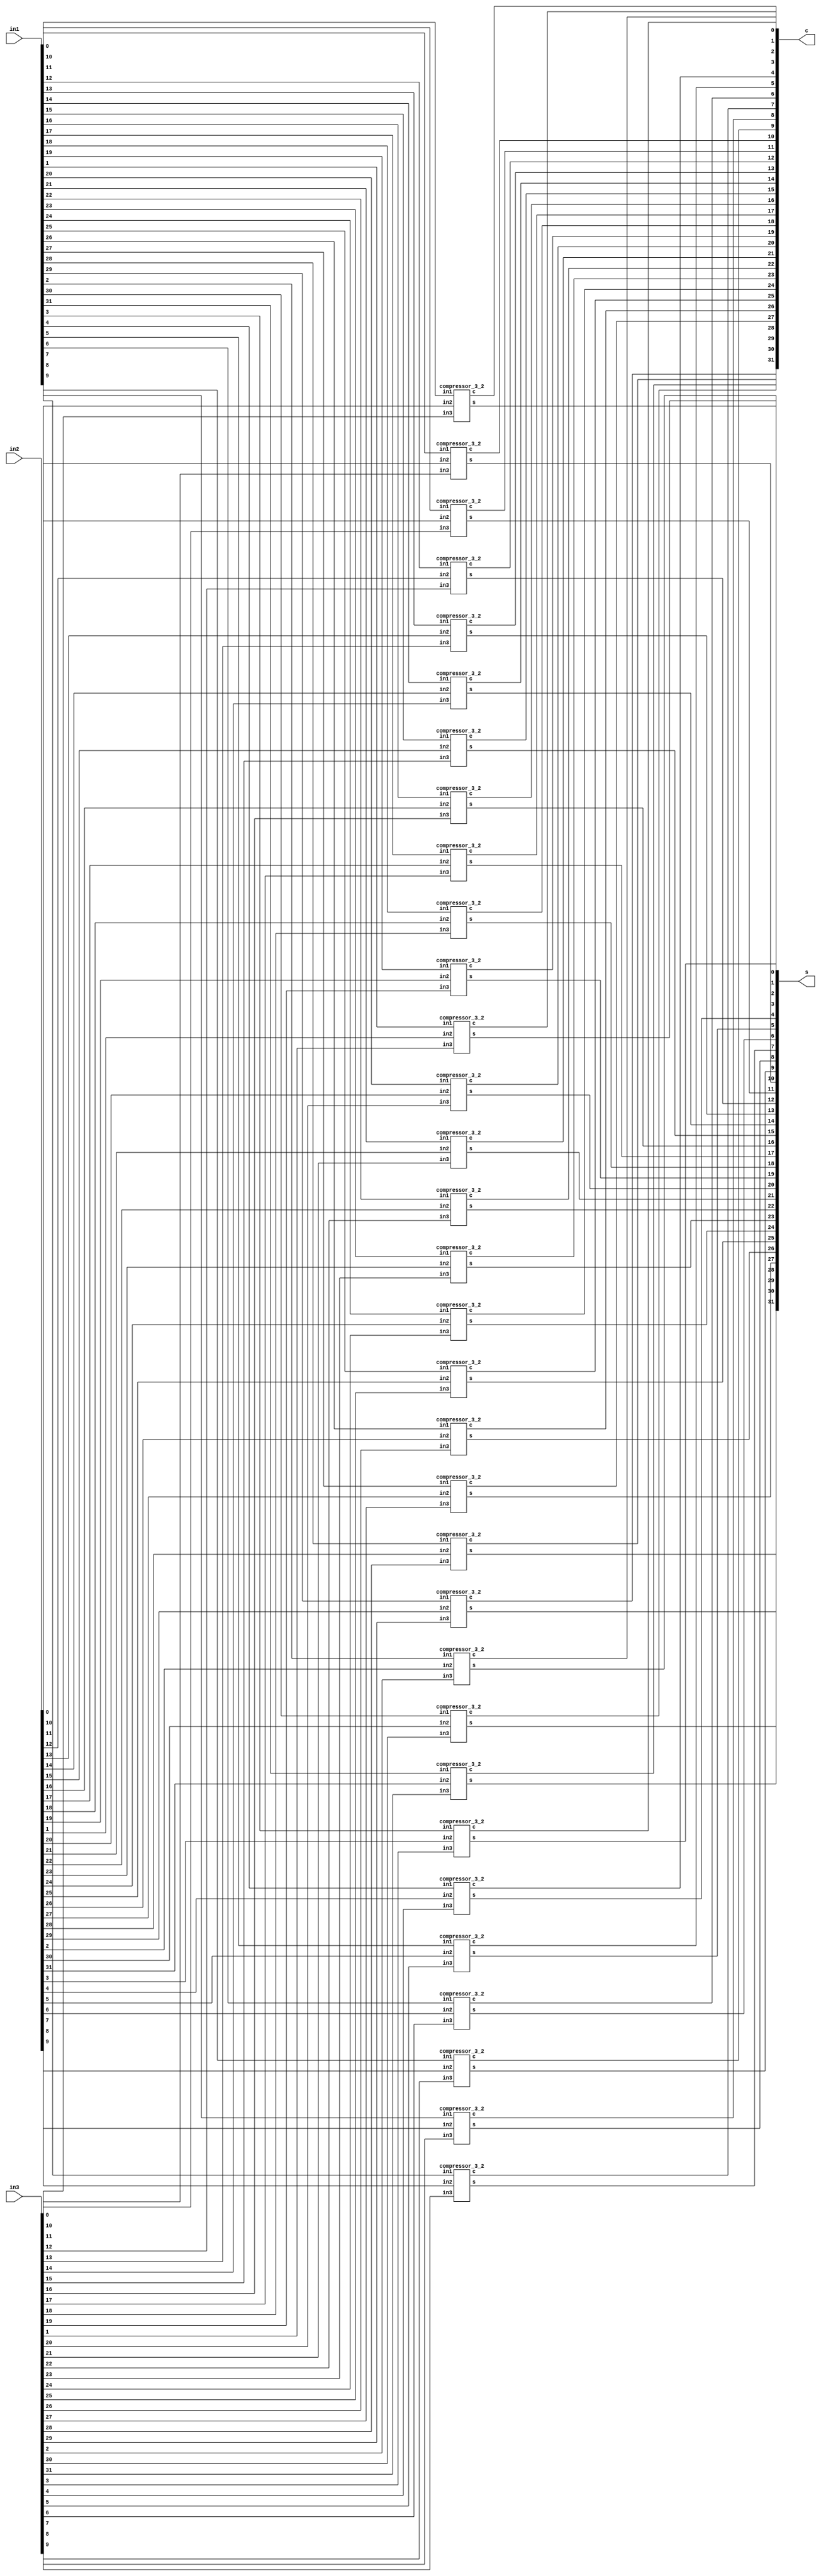


module compressor_3_2_group(in1, in2, in3, s, c);
  parameter GRP_WIDTH=32;
    
  input [GRP_WIDTH-1:0] in1, in2, in3;
  output [GRP_WIDTH-1:0] s, c;
  
  compressor_3_2 compress[GRP_WIDTH-1:0](in1, in2,in3, s, c);

endmodule

module compressor_3_2(in1, in2, in3, s, c);
  input in1, in2, in3;
  output s,c;
  
  assign c = (in1 & in2) | (in2 & in3) | (in3 & in1); 
  assign s = (in1 & in2 & in3) | (in1 & ~in2 & ~in3) |
                                 (~in1 & in2 & ~in3) |
                                 (~in1 & ~in2 & in3);
  
  
  
endmodule